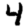
Digit: 4